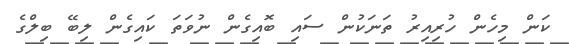
ކަން މިހެން ހުރިއިރު ތަނަކުން ސައި ބޮއިގެން ނުވަތަ ކައިގެން ލިބޭ ބިލްގެ